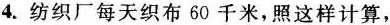
4.纺织厂每天织布60千米，照这样计算，